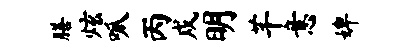
膳炫呱丙戍明芊意婢